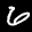
Label: 6